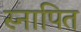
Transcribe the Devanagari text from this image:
स्नापित